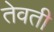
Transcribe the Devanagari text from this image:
तेवती